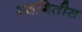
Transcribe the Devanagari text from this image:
स्थगितीस